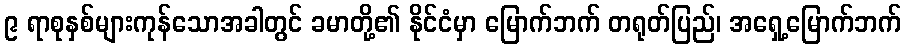
၉ ရာစုနှစ်များကုန်သောအခါတွင် ခမာတို့၏ နိုင်ငံမှာ မြောက်ဘက် တရုတ်ပြည်၊ အရှေ့မြောက်ဘက်